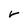
Character: V